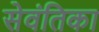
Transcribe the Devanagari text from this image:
सेवंतिका